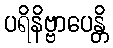
ပရိနိဗ္ဗာပေန္တိ